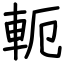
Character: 軛